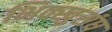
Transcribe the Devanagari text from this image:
भिक्खुसंघ